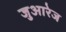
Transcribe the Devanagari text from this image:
जुआरेज